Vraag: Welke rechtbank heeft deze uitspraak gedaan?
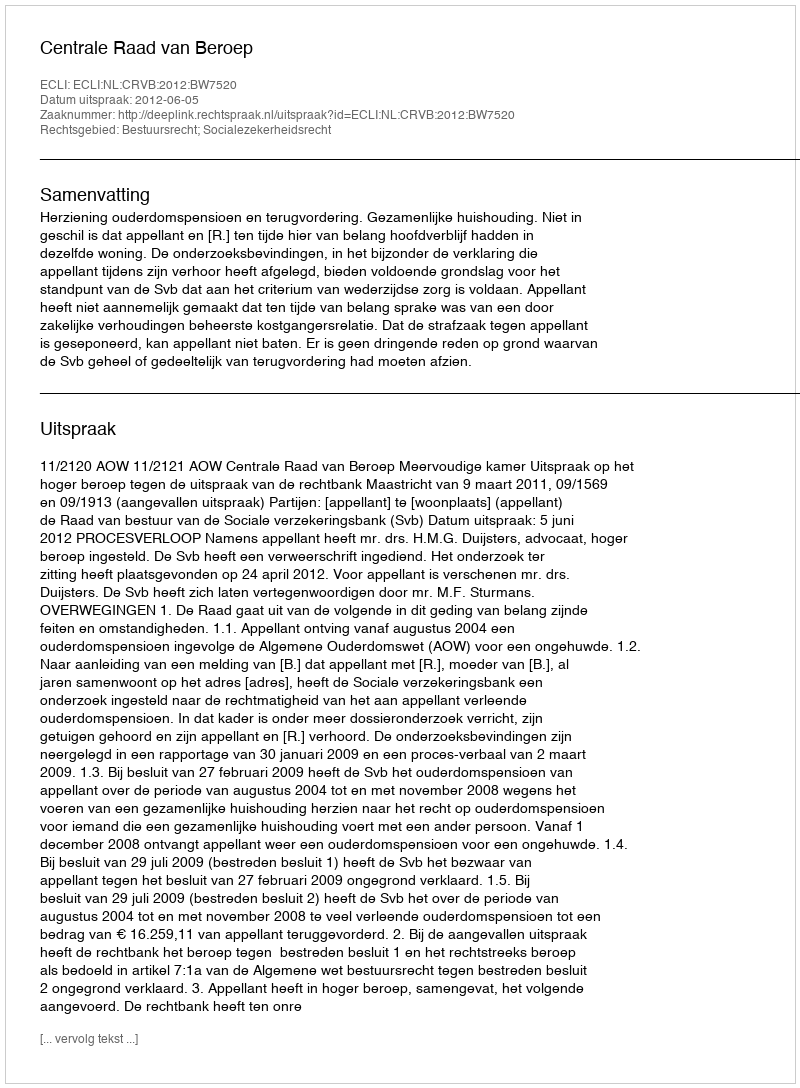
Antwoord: Centrale Raad van Beroep